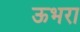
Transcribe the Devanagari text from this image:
ऊभरा